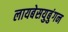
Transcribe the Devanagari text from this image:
लायबेसयुबुंगन